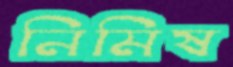
নিমিষ